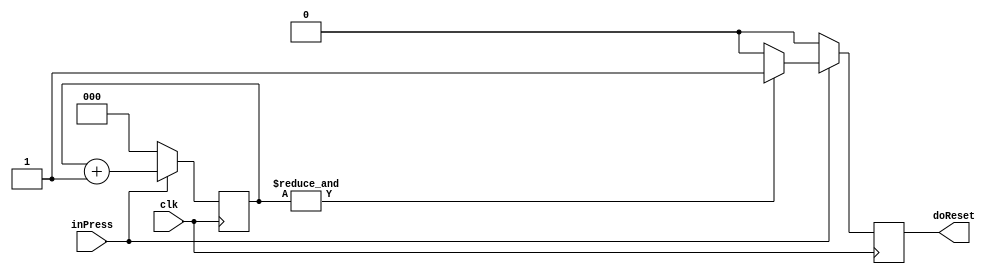
module longPressReset( clk, inPress, doReset );
input clk;
input inPress;
output reg doReset;
reg [2:0]count;


always @(posedge clk )
begin
  if( inPress )
    begin
     if ( &count ) doReset <= 1;
	  else doReset <= 0;
     count <= count + 2'h1;
	 end
  else
    begin
     count <= 0;
	  doReset <= 0;
	 end
end

endmodule